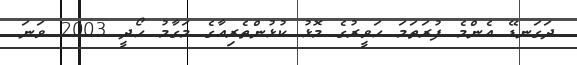
ދަގަނޑޭ އެންމެ ފުރަތަމަ ހަވީރުގެ މޮޅު ކުޅުންތެރިއާގެ މަގާމު ހޯދީ 2003 ވަނަ